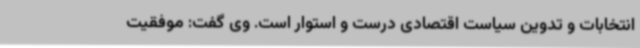
انتخابات و تدوین سیاست اقتصادی درست و استوار است. وی گفت: موفقیت